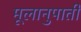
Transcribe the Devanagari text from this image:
मूलानुपाती